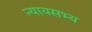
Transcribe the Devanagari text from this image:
न्यायसभ्य